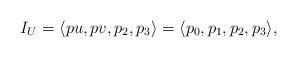
LaTeX: \begin{align*}I_U = \langle pu, pv, p_2,p_3 \rangle =\langle p_0, p_1, p_2,p_3 \rangle,\end{align*}